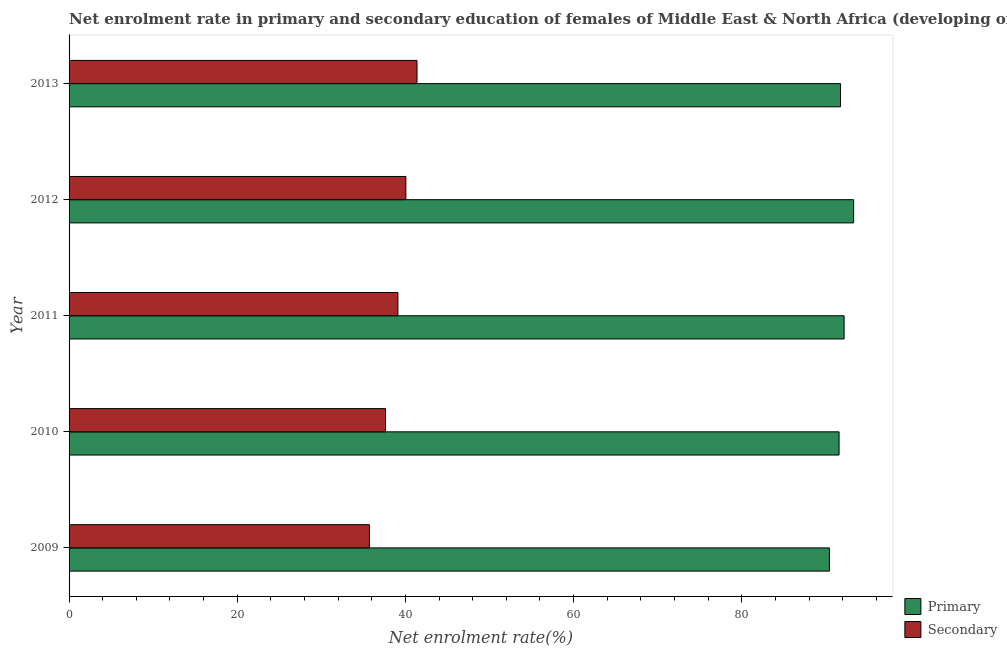
| Year | Primary | Secondary |
 | --- | --- | --- |
 | 2009 | 90.4 | 35.7 |
 | 2010 | 91.6 | 37.6 |
 | 2011 | 92.2 | 39.1 |
 | 2012 | 93.3 | 40.1 |
 | 2013 | 91.7 | 41.4 |